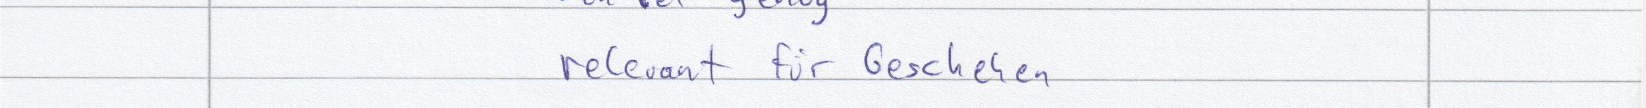
relevant für Geschehen